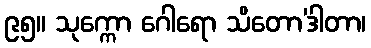
၉၅။ သုက္ကော ဂေါရော သိတော’ဒါတာ၊